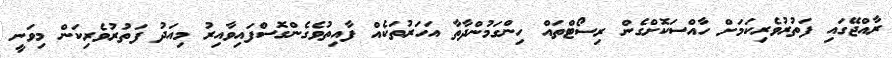
ރާއްޖޭގައި ފަތުުރުވެރިކަމަށް ހާއްސަކޮށްގެން ރިސޯޓްތައް ހިންގަމުންދާތާ އަހަރުތަކެއް ފާއިތުވެގެންގޮސްފައިވާއިރު މިއަދު ފަތުުރުވެރިކަން މިވަނީ